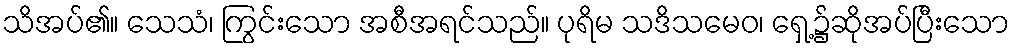
သိအပ်၏။ သေသံ၊ ကြွင်းသော အစီအရင်သည်။ ပုရိမ သဒိသမေဝ၊ ရှေ့၌ဆိုအပ်ပြီးသော